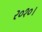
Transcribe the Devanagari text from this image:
२०१०।